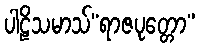
ပါဠိသမာသ်“ရာဇပုတ္တော”